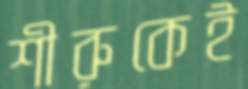
শীরুকেই